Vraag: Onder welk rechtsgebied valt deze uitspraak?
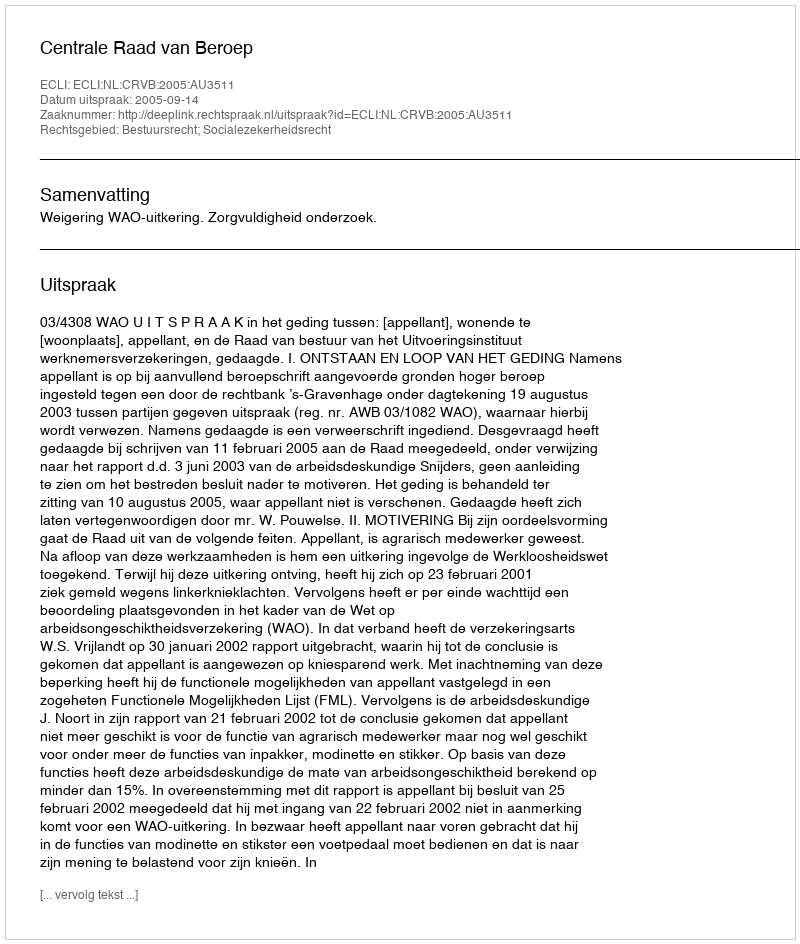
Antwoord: Bestuursrecht; Socialezekerheidsrecht